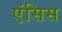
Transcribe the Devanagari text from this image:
एंसिस